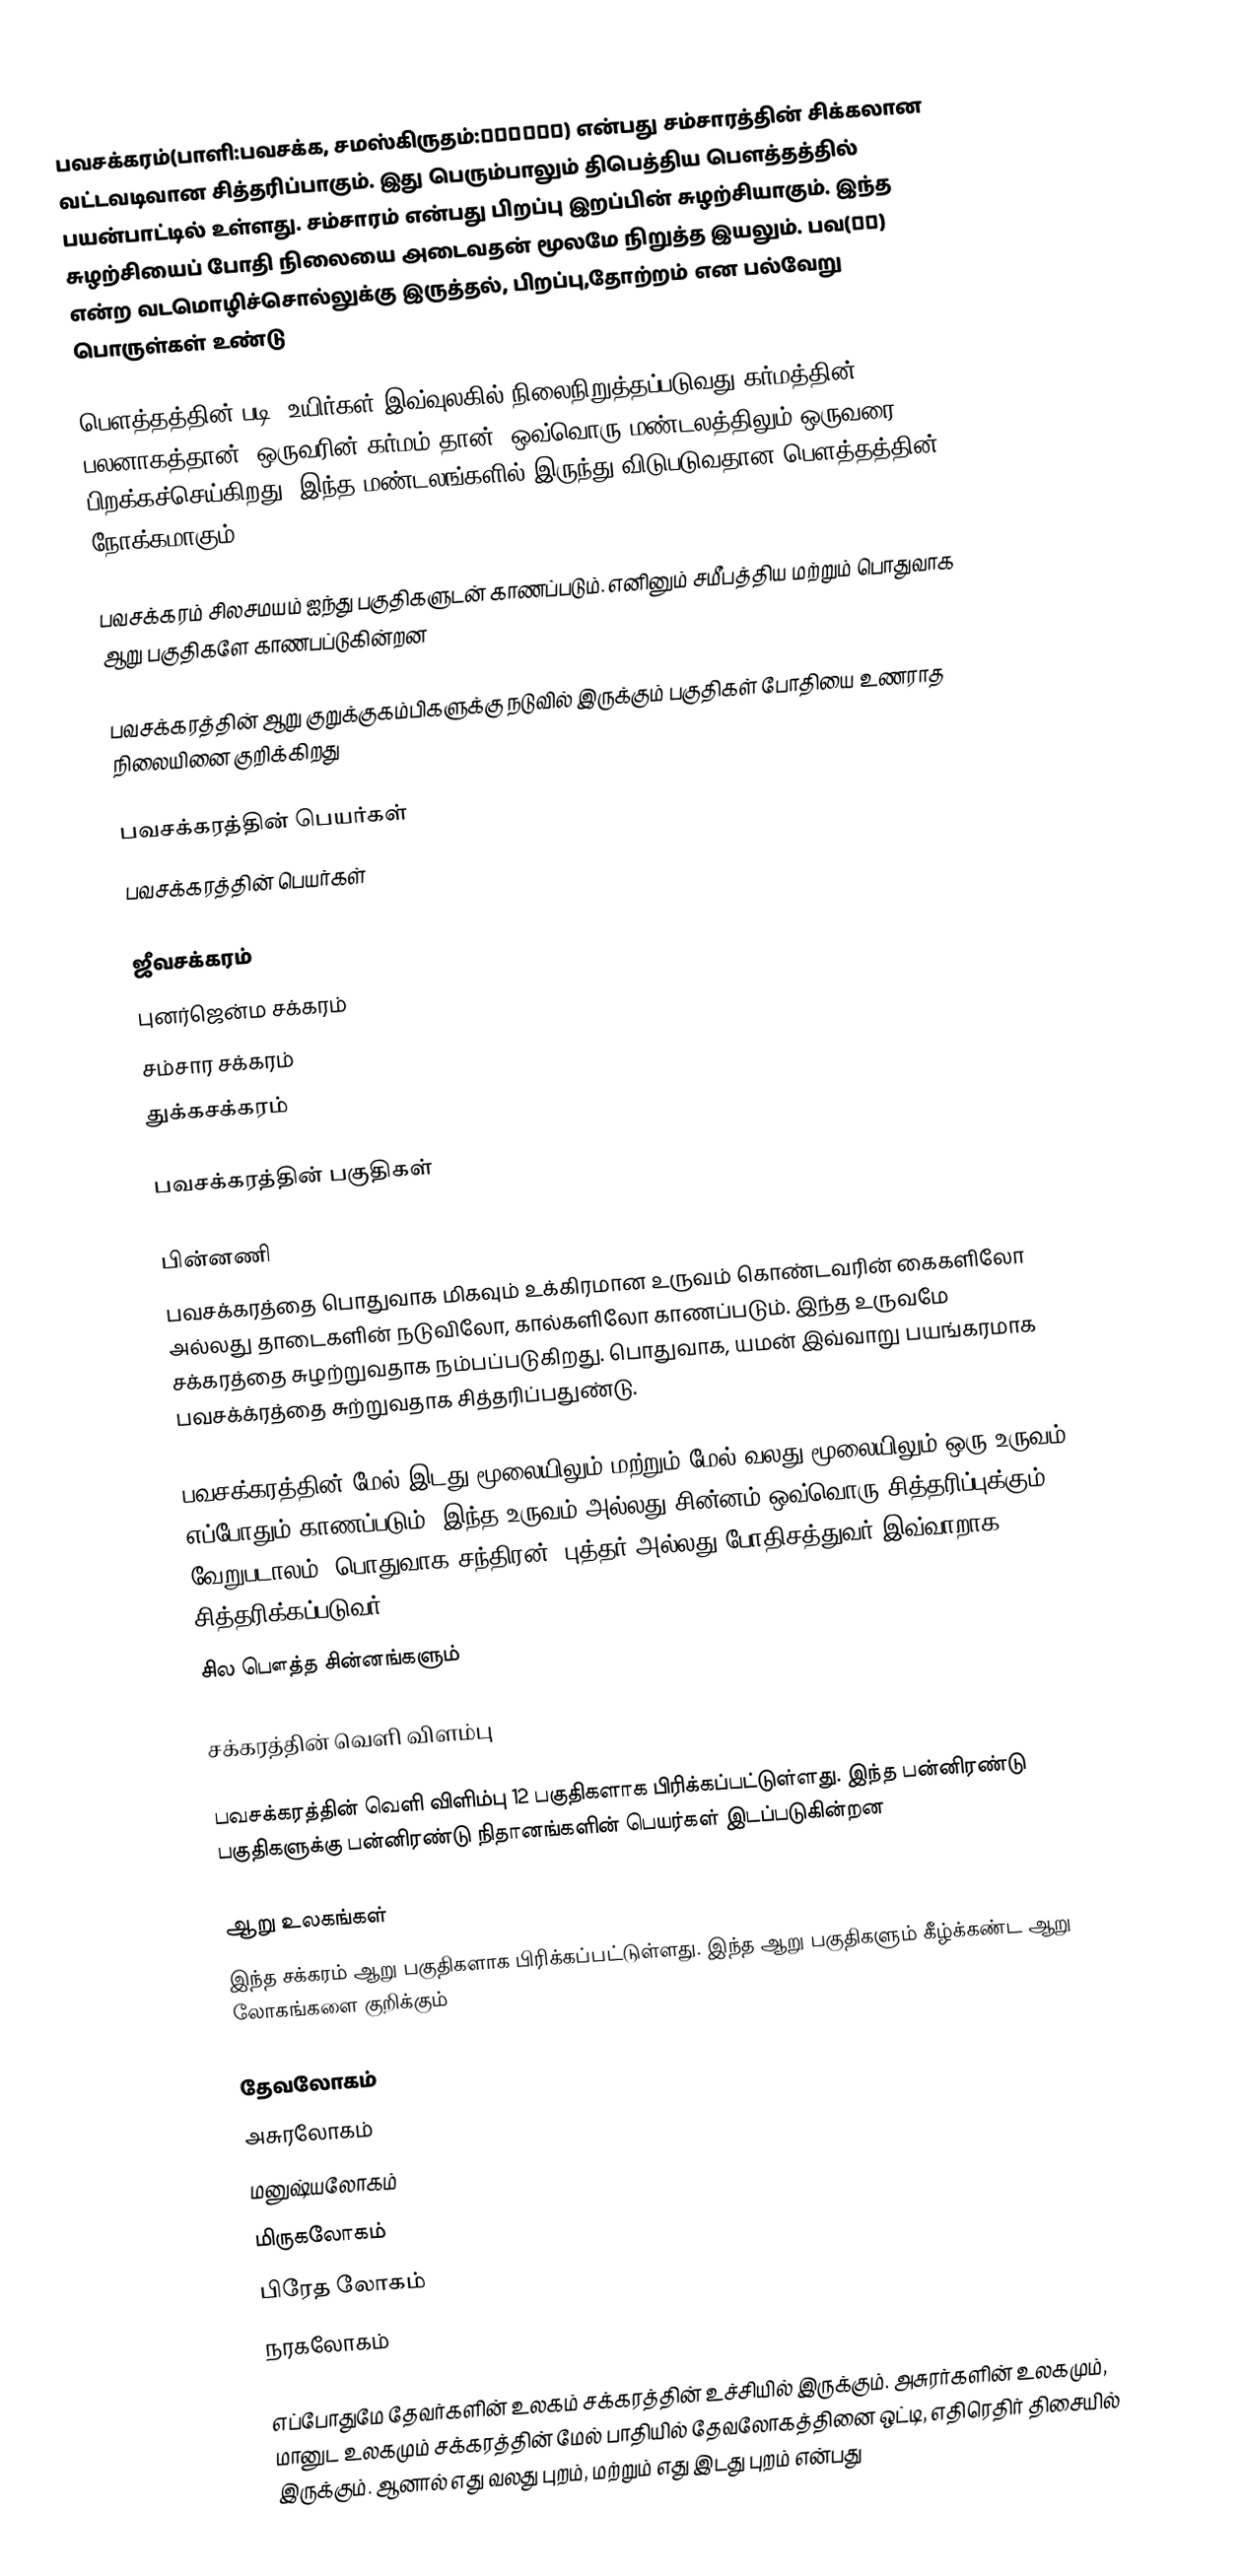
பவசக்கரம்(பாளி:பவசக்க, சமஸ்கிருதம்:भवचक्र) என்பது சம்சாரத்தின்  சிக்கலான வட்டவடிவான சித்தரிப்பாகும். இது பெரும்பாலும் திபெத்திய பௌத்தத்தில் பயன்பாட்டில் உள்ளது. சம்சாரம் என்பது  பிறப்பு இறப்பின் சுழற்சியாகும். இந்த சுழற்சியைப் போதி நிலையை அடைவதன் மூலமே நிறுத்த இயலும். பவ(भव) என்ற வடமொழிச்சொல்லுக்கு இருத்தல், பிறப்பு,தோற்றம் என பல்வேறு பொருள்கள் உண்டு

பௌத்தத்தின் படி, உயிர்கள் இவ்வுலகில் நிலைநிறுத்தப்படுவது கர்மத்தின் பலனாகத்தான். ஒருவரின் கர்மம் தான், ஒவ்வொரு மண்டலத்திலும் ஒருவரை பிறக்கச்செய்கிறது. இந்த மண்டலங்களில் இருந்து விடுபடுவதான பௌத்தத்தின் நோக்கமாகும்.

பவசக்கரம் சிலசமயம் ஐந்து பகுதிகளுடன் காணப்படும். எனினும் சமீபத்திய மற்றும் பொதுவாக ஆறு பகுதிகளே காணபப்டுகின்றன

பவசக்கரத்தின் ஆறு குறுக்குகம்பிகளுக்கு நடுவில் இருக்கும் பகுதிகள் போதியை உணராத நிலையினை குறிக்கிறது

பவசக்கரத்தின் பெயர்கள்
பவசக்கரத்தின் பெயர்கள்

 ஜீவசக்கரம்
 புனர்ஜென்ம சக்கரம்
 சம்சார சக்கரம்
 துக்கசக்கரம்

பவசக்கரத்தின் பகுதிகள்

பின்னணி
பவசக்கரத்தை பொதுவாக மிகவும் உக்கிரமான உருவம் கொண்டவரின் கைகளிலோ அல்லது தாடைகளின் நடுவிலோ, கால்களிலோ காணப்படும். இந்த உருவமே சக்கரத்தை சுழற்றுவதாக நம்பப்படுகிறது. பொதுவாக, யமன் இவ்வாறு பயங்கரமாக பவசக்க்ரத்தை சுற்றுவதாக சித்தரிப்பதுண்டு.

பவசக்கரத்தின் மேல் இடது மூலையிலும் மற்றும் மேல் வலது மூலையிலும் ஒரு உருவம் எப்போதும் காணப்படும். இந்த உருவம் அல்லது சின்னம் ஒவ்வொரு சித்தரிப்புக்கும் வேறுபடாலம். பொதுவாக சந்திரன், புத்தர் அல்லது போதிசத்துவர் இவ்வாறாக சித்தரிக்கப்படுவர்.
சில பௌத்த சின்னங்களும்

சக்கரத்தின் வெளி விளம்பு

பவசக்கரத்தின்  வெளி விளிம்பு 12 பகுதிகளாக பிரிக்கப்பட்டுள்ளது. இந்த பன்னிரண்டு பகுதிகளுக்கு பன்னிரண்டு நிதானங்களின்  பெயர்கள் இடப்படுகின்றன

ஆறு உலகங்கள்
இந்த சக்கரம் ஆறு பகுதிகளாக பிரிக்கப்பட்டுள்ளது. இந்த ஆறு பகுதிகளும் கீழ்க்கண்ட ஆறு லோகங்களை குறிக்கும்

 தேவலோகம்
 அசுரலோகம்
 மனுஷ்யலோகம்
 மிருகலோகம்
 பிரேத லோகம்
 நரகலோகம்

எப்போதுமே தேவர்களின் உலகம் சக்கரத்தின் உச்சியில் இருக்கும். அசுரர்களின் உலகமும், மானுட உலகமும் சக்கரத்தின் மேல் பாதியில் தேவலோகத்தினை ஒட்டி, எதிரெதிர் திசையில் இருக்கும். ஆனால் எது வலது புறம், மற்றும் எது இடது புறம் என்பது